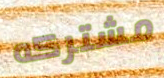
مشتركه